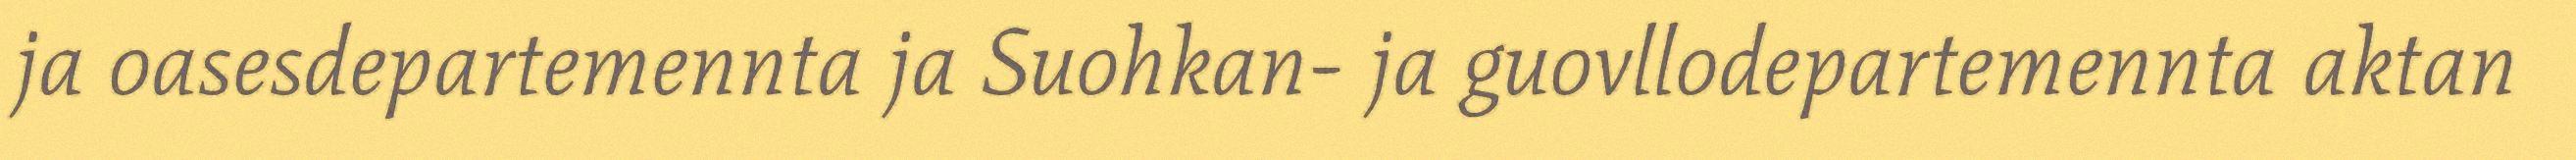
ja oasesdepartemennta ja Suohkan- ja guovllodepartemennta aktan